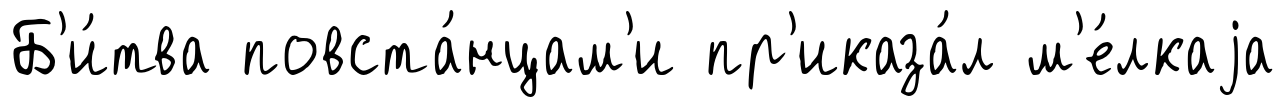
Б'и́тва повста́нцам'и пр'иказа́л м'е́лкаjа